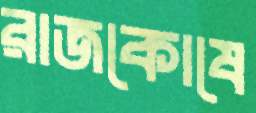
রাজকোষে